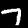
Label: 7